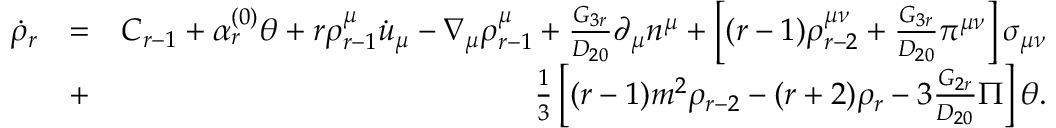
\begin{array} { r l r } { \dot { \rho } _ { r } } & { = } & { C _ { r - 1 } + \alpha _ { r } ^ { ( 0 ) } \theta + r \rho _ { r - 1 } ^ { \mu } \dot { u } _ { \mu } - \nabla _ { \mu } \rho _ { r - 1 } ^ { \mu } + \frac { G _ { 3 r } } { D _ { 2 0 } } \partial _ { \mu } n ^ { \mu } + \left[ ( r - 1 ) \rho _ { r - 2 } ^ { \mu \nu } + \frac { G _ { 3 r } } { D _ { 2 0 } } \pi ^ { \mu \nu } \right] \sigma _ { \mu \nu } } \\ & { + } & { \frac { 1 } { 3 } \left[ ( r - 1 ) m ^ { 2 } \rho _ { r - 2 } - ( r + 2 ) \rho _ { r } - 3 \frac { G _ { 2 r } } { D _ { 2 0 } } \Pi \right] \theta . } \end{array}